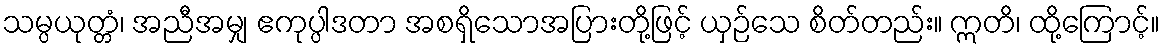
သမ္ပယုတ္တံ၊ အညီအမျှ ဧကုပ္ပါဒတာ အစရှိသောအပြားတို့ဖြင့် ယှဉ်သေ စိတ်တည်း။ ဣတိ၊ ထို့ကြောင့်။